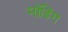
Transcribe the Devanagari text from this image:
मॉडिंग